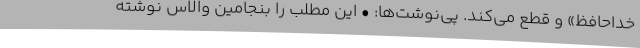
خداحافظ» و قطع می‌کند. پی‌نوشت‌ها: • این مطلب را بنجامین والاس نوشته